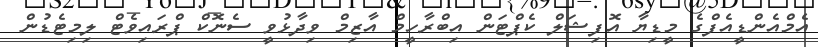
އެމްއެންޑީއެފްގެ މީޑިޔާ އޮފިޝަލް ކެޕްޓަން އިބްރާހީމް އާޒިމް ވިދާޅުވީ ސެނޮކް ޕްރައިވެޓް ލިމިޓެޑުން